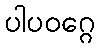
ပါပဝဂ္ဂေ